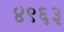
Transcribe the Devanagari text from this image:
४९६३